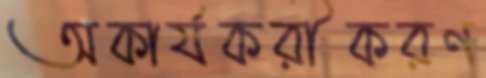
অকার্যকরীকরণ